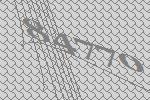
84770